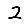
Digit: 2